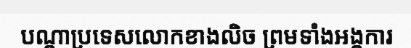
បណ្តាប្រទេសលោកខាងលិច ព្រមទាំងអង្គការ